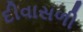
દીવાસળી